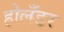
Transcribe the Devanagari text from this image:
होलँडर